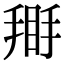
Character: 𢰿